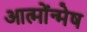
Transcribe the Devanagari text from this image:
आत्मोंन्मेष